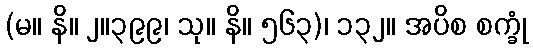
(မ။ နိ။ ၂။၃၉၉၊ သု။ နိ။ ၅၆၃)၊ ၁၃၂။ အပိစ စက္ခုံ